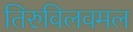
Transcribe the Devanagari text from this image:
तिरुविलवमल